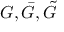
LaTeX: G , { \bar { G } } , { \tilde { G } }